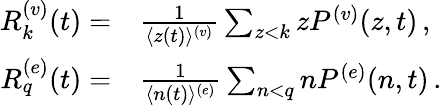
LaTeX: \begin{array}{r}{\begin{array}{rl}{R_{k}^{(v)}(t)=}&{{}\frac{1}{\langle z(t)\rangle^{(v)}}\sum_{z<k}zP^{(v)}(z,t)\, ,}\\ {R_{q}^{(e)}(t)=}&{{}\frac{1}{\langle n(t)\rangle^{(e)}}\sum_{n<q}nP^{(e)}(n,t)\, .}\end{array}}\end{array}